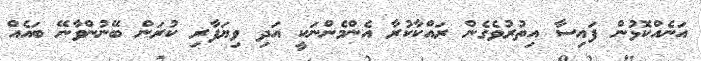
އަނެއްކޮޅުން ފައިސާ އިތުރުވެގެން ރައްކާކުރާ އެންމެންނަކީ އަދި ވިޔަފާރި ކުރަން ބޭނުންވާނޭ ބައެއް